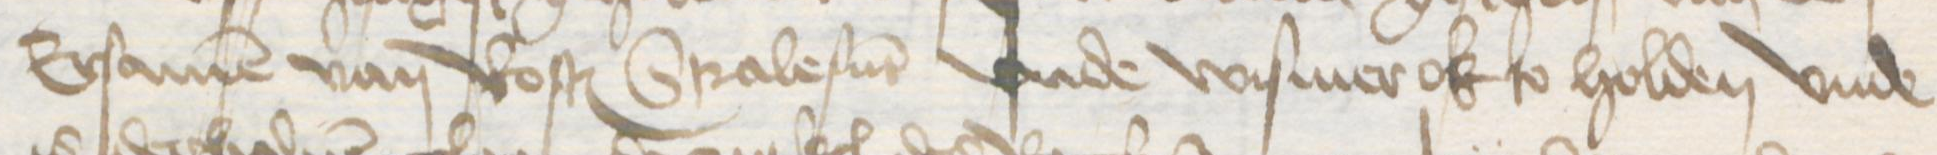
Transcription: Ersamen van Rostock Stralesunt vnde Wismer ok so holden vnde